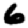
Digit: 6